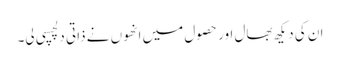
ان کی دیکھ بھال اور حصول میں انھوں نے ذاتی دلچسپی لی۔